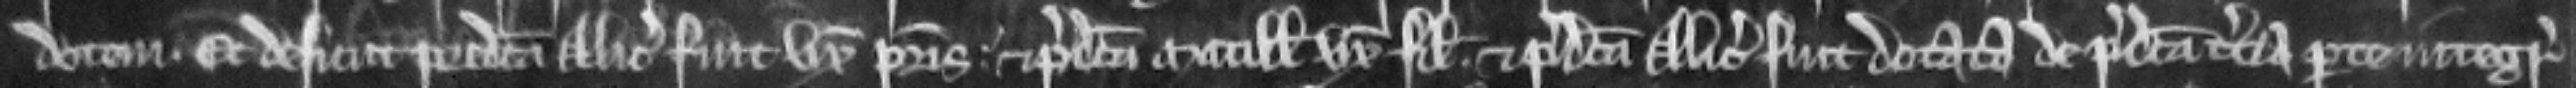
dotem. Et desicut predicta Alicia fuit uxor patris et predicta Matillis uxor filii et predicta Alicia fuit dotata de predicta tercia parte integre